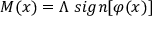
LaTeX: M ( x ) = \Lambda \; s i g n [ \varphi ( x ) ]